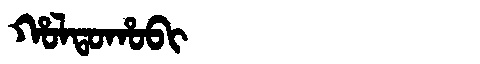
Manchu: ᡥᠣᠯᡨᠣᡥᠣᠪᡳ
Romanization: HOLTOHOBI